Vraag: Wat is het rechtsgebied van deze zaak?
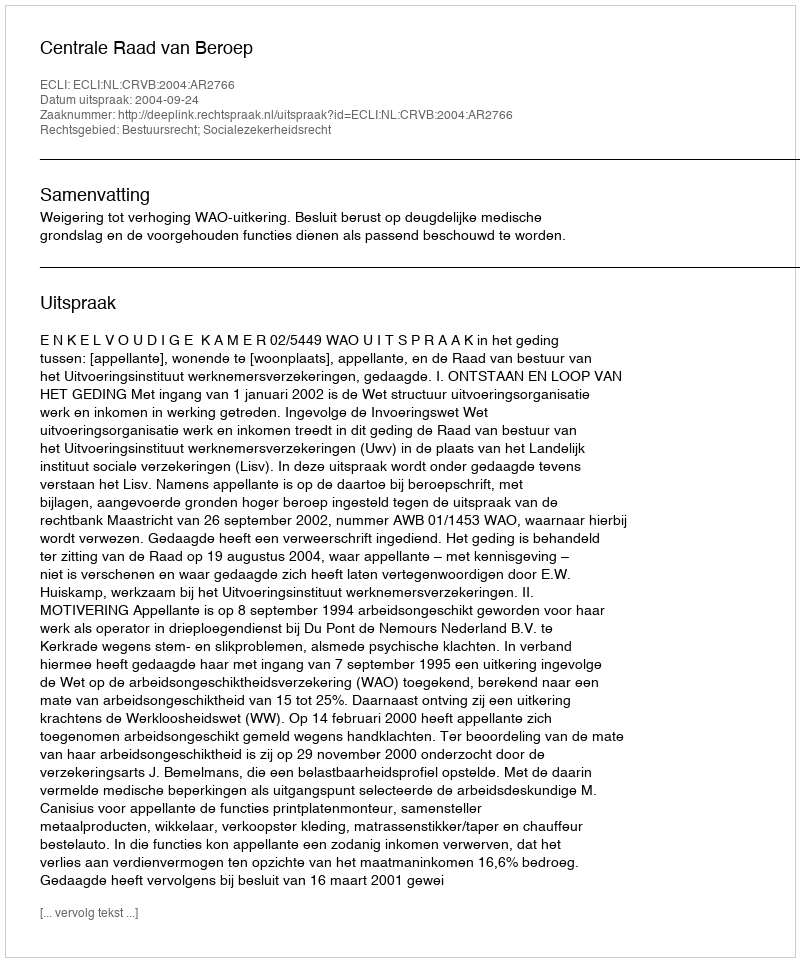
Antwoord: Bestuursrecht; Socialezekerheidsrecht